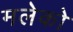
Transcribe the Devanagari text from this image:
मलेको